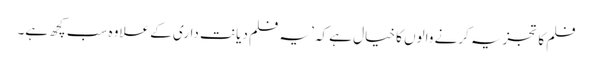
فلم کا تجزیہ کرنے والوں کا خیال ہے کہ ’یہ فلم دیانت داری کے علاوہ سب کچھ ہے۔